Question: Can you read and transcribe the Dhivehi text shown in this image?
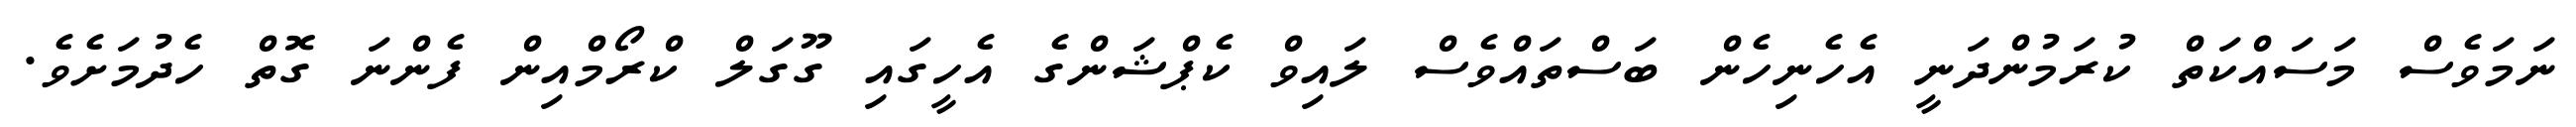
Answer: ނަމަވެސް މަސައްކަތް ކުރަމުންދަނީ އެހެނިހެން ބަސްތައްވެސް ލައިވް ކެޕްޝަންގެ އެހީގައި ގޫގަލް ކްރޯމްއިން ފެންނަ ގޮތް ހެދުމަށެވެ.